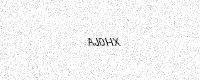
Text: AJ0HX